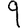
Digit: 9